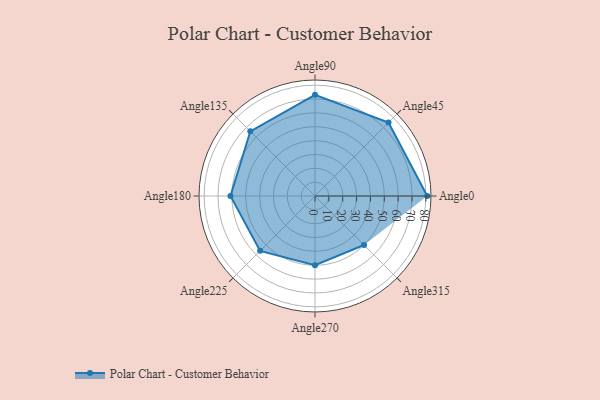
{"axis": {"x": "Angle", "y": "Radius"}, "legend": [""], "data": [{"x": "Angle0", "y": 81.0, "type": ""}, {"x": "Angle45", "y": 75.0, "type": ""}, {"x": "Angle90", "y": 73.0, "type": ""}, {"x": "Angle135", "y": 66.0, "type": ""}, {"x": "Angle180", "y": 61.0, "type": ""}, {"x": "Angle225", "y": 56.0, "type": ""}, {"x": "Angle270", "y": 50, "type": ""}, {"x": "Angle315", "y": 50, "type": ""}]}